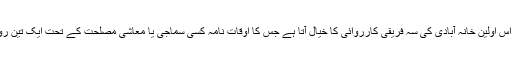
پوری میڈیکل ہسٹری بیان کروں تو اس اولین خانہ آبادی کی سہ فریقی کارروائی کا خیال آتا ہے جس کا اوقات نامہ کسی سماجی یا معاشی مصلحت کے تحت ایک تین روزہ میچ کے طور پہ ترتیب دیا گیا ۔